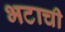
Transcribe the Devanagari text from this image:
भटाची